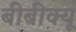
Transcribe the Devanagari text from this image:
बीबीक्यू